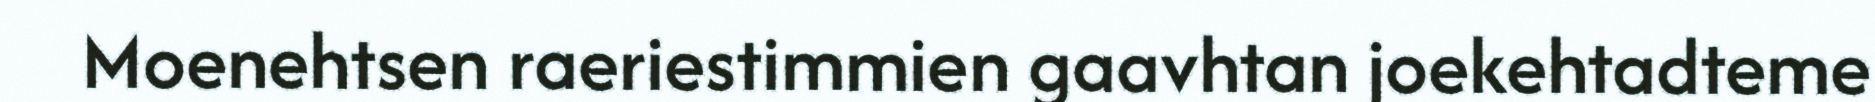
Moenehtsen raeriestimmien gaavhtan joekehtadteme